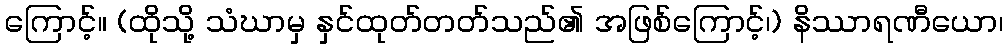
ကြောင့်။ (ထိုသို့ သံဃာမှ နှင်ထုတ်တတ်သည်၏ အဖြစ်ကြောင့်၊) နိဿာရဏီယော၊